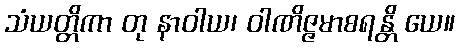
သံယတ္တိကာ တု နာဝါယ၊ ဝါဏိဇ္ဇမာစရန္တိ ယေ။